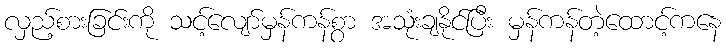
လှည့်စားခြင်းကို သင့်လျော်မှန်ကန်စွာ အသုံးချနိုင်ပြီး မှန်ကန်တဲ့ထောင့်ကနေ